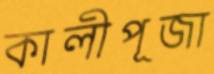
কালীপূজা